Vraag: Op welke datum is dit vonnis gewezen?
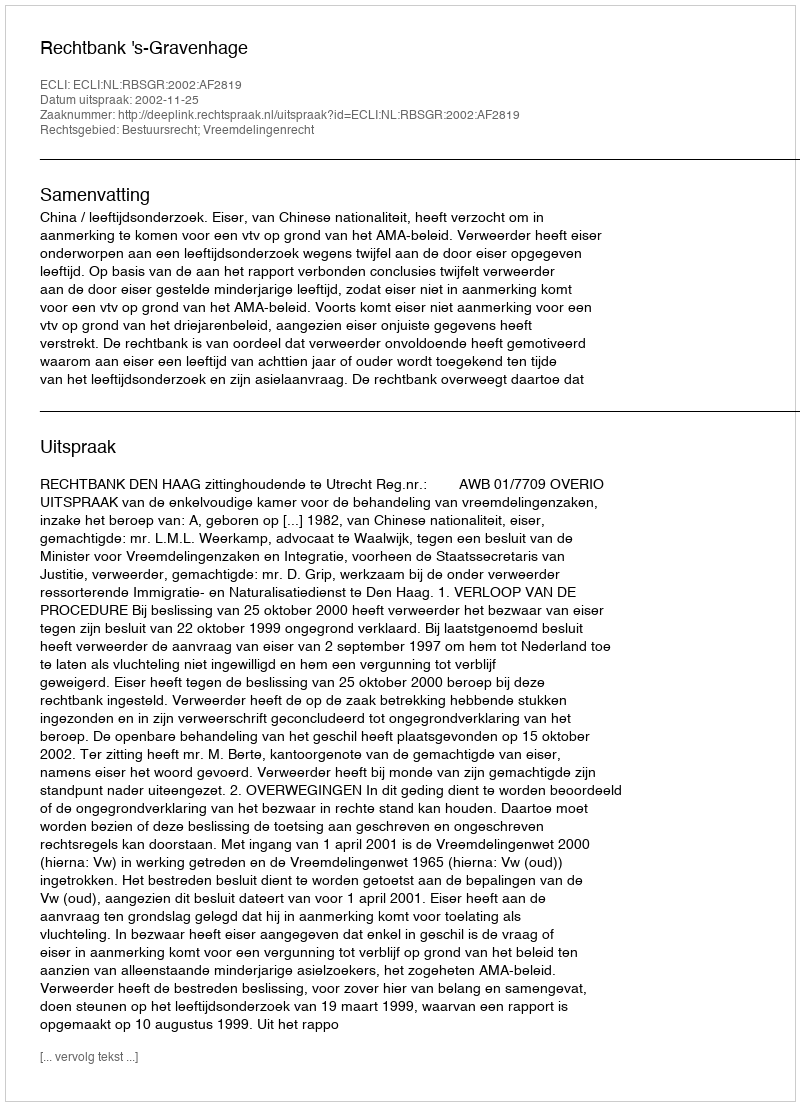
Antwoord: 2002-11-25